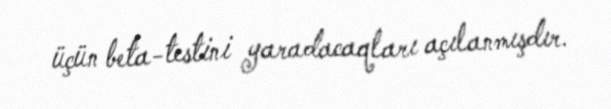
üçün beta-testini yaradacaqları açılanmışdır.